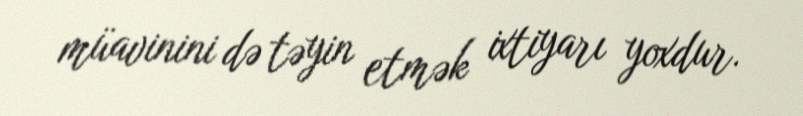
müavinini də təyin etmək ixtiyarı yoxdur.